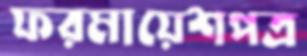
ফরমায়েশপত্র